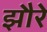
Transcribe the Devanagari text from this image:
झौरे